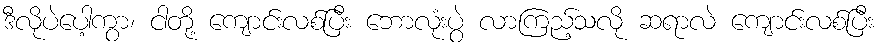
ဒီလိုပဲပေါ့ကွာ၊ ငါတို့ ကျောင်းလစ်ပြီး ဘောလုံးပွဲ လာကြည့်သလို ဆရာလဲ ကျောင်းလစ်ပြီး